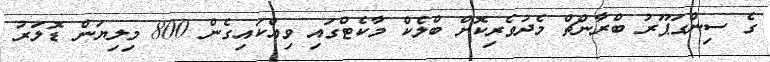
ގެ ސިންގަޕޫރު ބްރާންޗް މެދުވެރިކޮށް ބްލެކް މާކެޓްގައި ވިއްކައިގެން 800 މިލިޔަން ޑޮލަރު